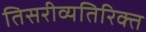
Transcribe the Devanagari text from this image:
तिसरीव्यतिरिक्त